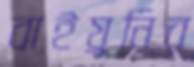
বাইয়ুনির